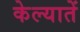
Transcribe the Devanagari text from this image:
केल्यातें